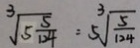
\sqrt [ 3 ] { 5 \frac { 5 } { 1 2 4 } } = 5 \sqrt [ 3 ] { \frac { 5 } { 1 2 4 } }